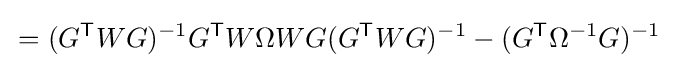
\,=(G^{\mathsf {T}}WG)^{-1}G^{\mathsf {T}}W\Omega WG(G^{\mathsf {T}}WG)^{-1}-(G^{\mathsf {T}}\Omega ^{-1}G)^{-1}